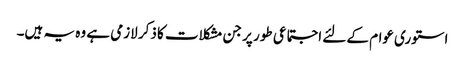
استوری عوام کے لئے اجتماعی طور پر جن مشکلات کا ذکر لازمی ہے وہ یہ ہیں۔